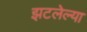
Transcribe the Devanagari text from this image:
झटलेल्या